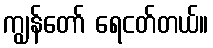
ကျွန်တော် ရေငတ်တယ်။